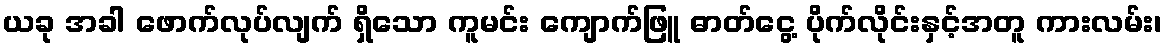
ယခု အခါ ဖောက်လုပ်လျက် ရှိသော ကူမင်း ကျောက်ဖြူ ဓာတ်ငွေ့ ပိုက်လိုင်းနှင့်အတူ ကားလမ်း၊